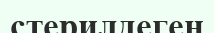
стерилдеген